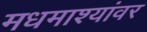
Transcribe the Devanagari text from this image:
मधमाश्यांवर